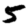
Digit: 5